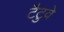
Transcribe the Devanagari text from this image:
टैटुवे